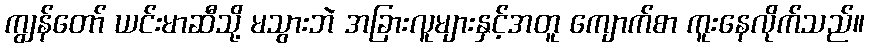
ကျွန်တော် ယင်းမာဆီသို့ မသွားဘဲ အခြားလူများနှင့်အတူ ကျောက်စာ ကူးနေလိုက်သည်။